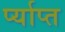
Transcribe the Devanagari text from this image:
र्प्याप्त